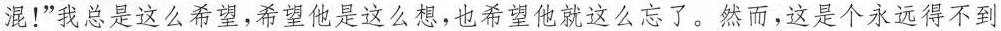
混！”我总是这么希望，希望他是这么想，也希望他就这么忘了。然而，这是个永远得不到